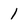
Character: 1